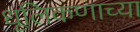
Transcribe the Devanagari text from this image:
धूलिकणाच्या